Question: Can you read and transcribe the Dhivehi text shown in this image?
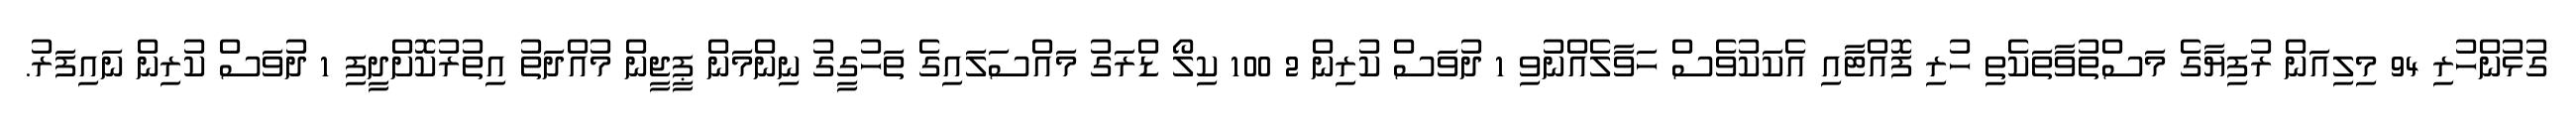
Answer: ގުޅުންހުރި 94 މިލިއަން ރުފިޔާގެ މަސްތުވާތަކެތި ހުރި ފޮއްޓާއި އެކަކުވެސް ހަވާލެއްނުވި 1 ދުވަސް ކުރިން 2 100 ކިލޯ ޑްރަގު މައްސަލައިގެ ތަހުގީގު ނިންމަން ޕީޖީން މުއްދަތު އިތުރުކޮށްދީފި 1 ދުވަސް ކުރިން ނައިފަރު.